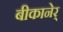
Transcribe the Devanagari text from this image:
बीकानेर्